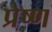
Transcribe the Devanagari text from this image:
प्रेष्ण